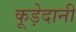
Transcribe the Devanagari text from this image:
कूड़ेदानी